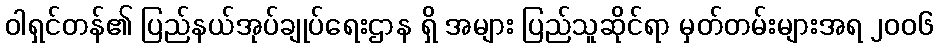
ဝါရှင်တန်၏ ပြည်နယ်အုပ်ချုပ်ရေးဌာန ရှိ အများ ပြည်သူဆိုင်ရာ မှတ်တမ်းများအရ ၂၀၀၆